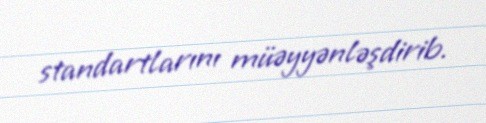
standartlarını müəyyənləşdirib.